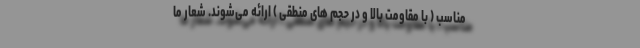
مناسب ( با مقاومت بالا و در حجم های منطقی ) ارائه می‌شوند. شعار ما